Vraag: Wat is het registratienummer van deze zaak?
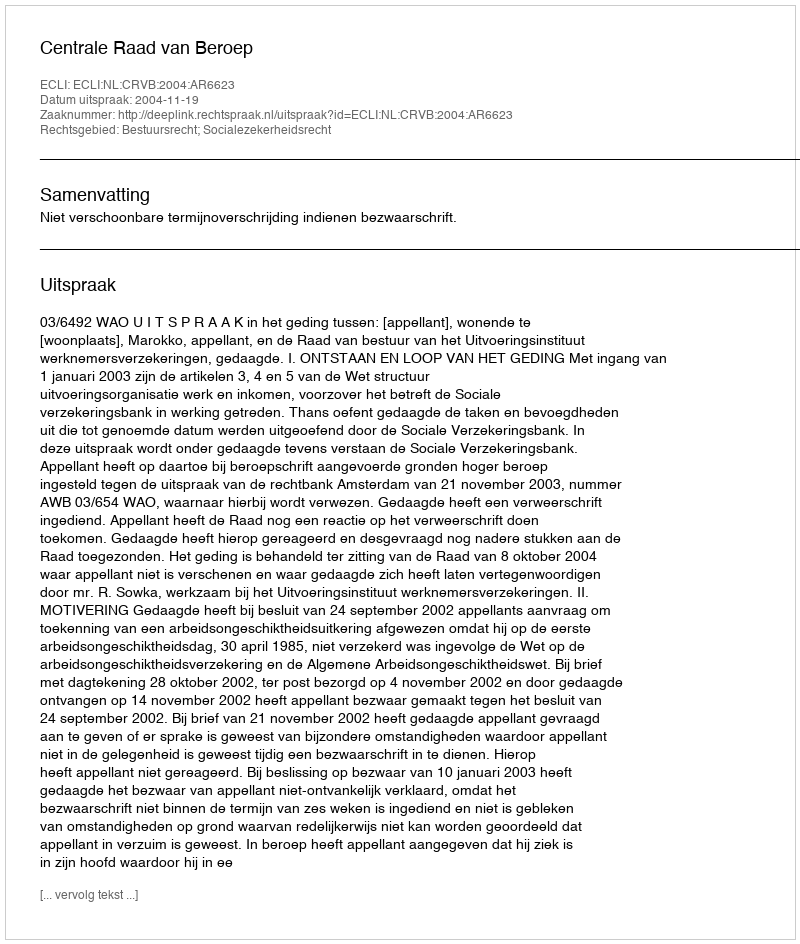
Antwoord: http://deeplink.rechtspraak.nl/uitspraak?id=ECLI:NL:CRVB:2004:AR6623